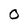
Character: 0